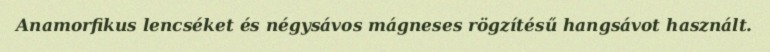
Anamorfikus lencséket és négysávos mágneses rögzítésű hangsávot használt.